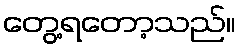
တွေ့ရတော့သည်။